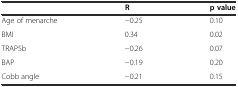
<table><thead><tr><td></td><td><b>R</b></td><td><b>p value</b></td></tr></thead><tbody><tr><td>Age of menarche</td><td>−0.25</td><td>0.10</td></tr><tr><td>BMI</td><td>0.34</td><td>0.02</td></tr><tr><td>TRAP5b</td><td>−0.26</td><td>0.07</td></tr><tr><td>BAP</td><td>−0.19</td><td>0.20</td></tr><tr><td>Cobb angle</td><td>−0.21</td><td>0.15</td></tr></tbody></table>